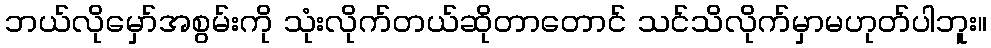
ဘယ်လိုမှော်အစွမ်းကို သုံးလိုက်တယ်ဆိုတာတောင် သင်သိလိုက်မှာမဟုတ်ပါဘူး။